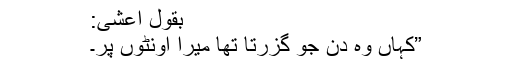
بقول اعشی:
”کہاں وہ دن جو گزرتا تھا میرا اونٹوں پر۔